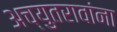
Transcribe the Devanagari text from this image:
अच्युतरावांना